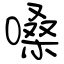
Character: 嗓